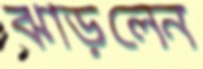
ঝাড়লেন